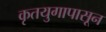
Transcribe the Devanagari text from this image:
कृतयुगापासून